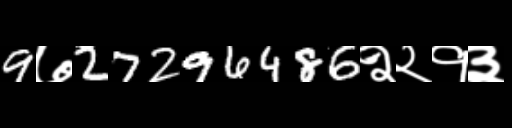
Text: 9७27296486२२१३